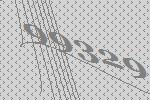
99329